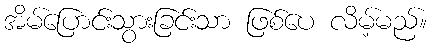
အိမ်ပြောင်းသွားခြင်းသာ ဖြစ်ပေ လိမ့်မည်။